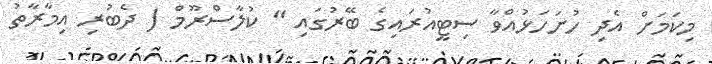
މިކަމަށް އެދި ހުށަހަޅުއްވާ ސިޓީއުރައިގެ ބޭރުގައި " ކުލާސްރޫމް ( ދެބުރި އިމާރާތު